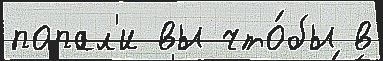
попал'и вы что́бы в